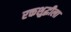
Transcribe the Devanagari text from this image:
रक्तशुद्धीला